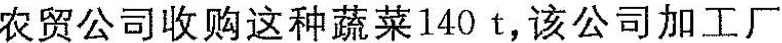
农贸公司收购这种蔬菜140t，该公司加工厂